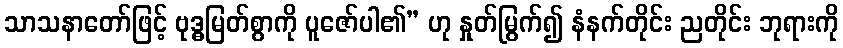
သာသနာတော်ဖြင့် ဗုဒ္ဓမြတ်စွာကို ပူဇော်ပါ၏” ဟု နှုတ်မြွက်၍ နံနက်တိုင်း ညတိုင်း ဘုရားကို